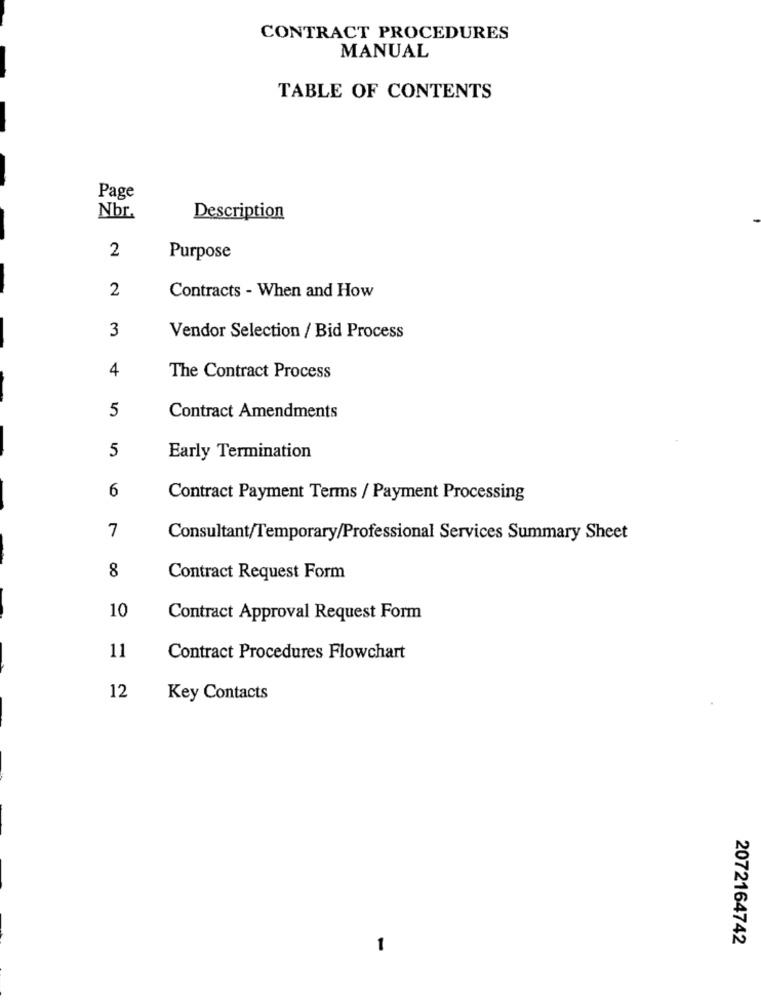
CONTRACT PROCEDURES
MANUAL
TABLE OF CONTENTS
Page
Nbr.
Description
2
Purpose
2
Contracts - When and How
3
Vendor Selection / Bid Process
4
The Contract Process
5
Contract Amendments
5
Early Termination
6
Contract Payment Terms / Payment Processing
7
Consultant/Temporary/Professional Services Summary Sheet
8
Contract Request Form
10
Contract Approval Request Form
11
Contract Procedures Flowchart
12
Key Contacts
2072164742